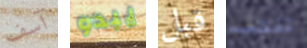
آسف يبدو قبل تنجب